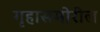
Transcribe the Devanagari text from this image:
गृहासमोरील